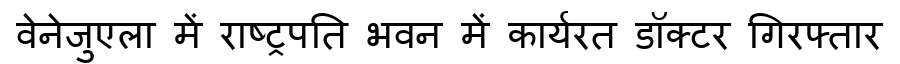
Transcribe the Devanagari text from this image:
वेनेजुएला में राष्ट्रपति भवन में कार्यरत डॉक्टर गिरफ्तार